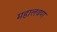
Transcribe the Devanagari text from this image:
महालवण